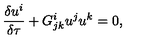
\frac { \delta u ^ { i } } { \delta \tau } + G _ { j k } ^ { i } u ^ { j } u ^ { k } = 0 ,